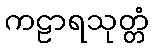
ကဠာရသုတ္တံ